NASA-UAP-D7, Skylab Techincal Crew Debriefing 1973
Page 2
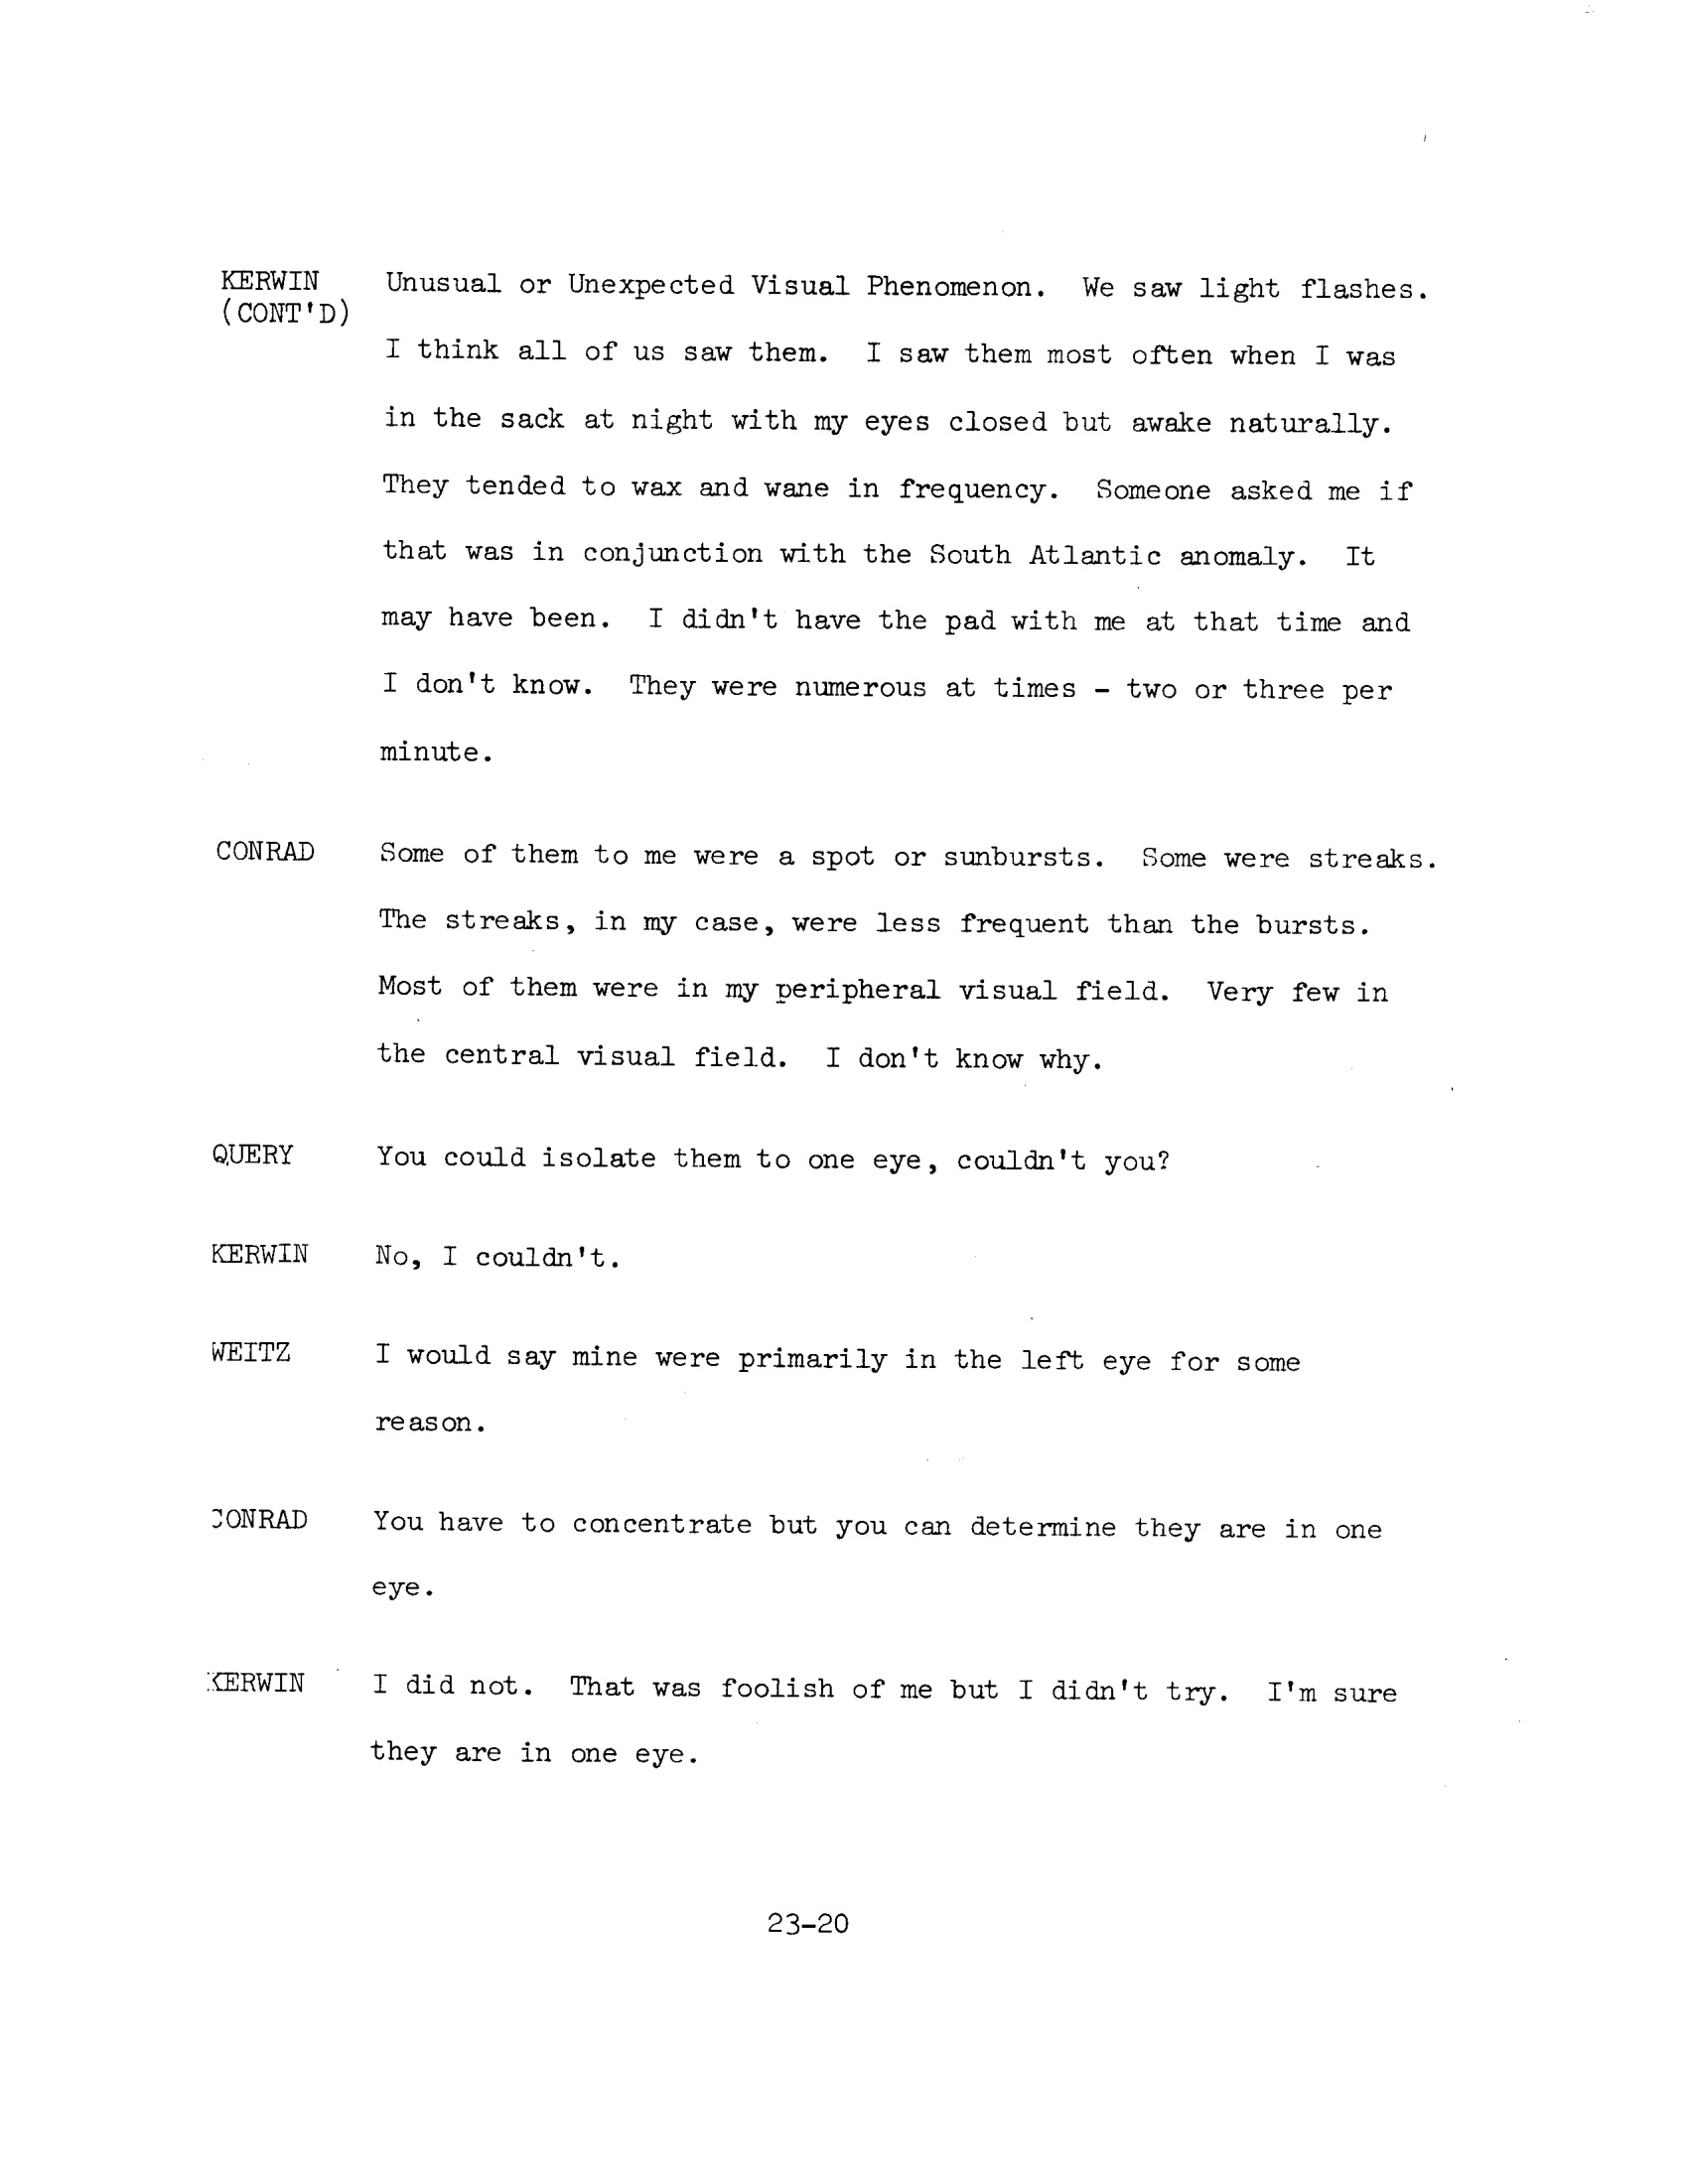